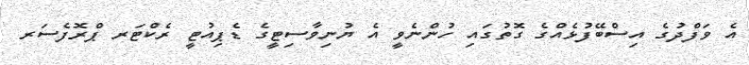
އެ ވަފްދުގެ އިސްބޭފުޅެއްގެ ގޮތުގައި ހުންނެވީ އެ ޔުނިވާސިޓީގެ ޑެޕިއުޓީ ރެކްޓަރ ޕްރޮފެސަރ